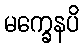
မက္ခေနပိ